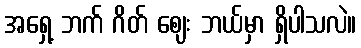
အရှေ့ ဘက် ဂိတ် ဈေး ဘယ်မှာ ရှိပါသလဲ။